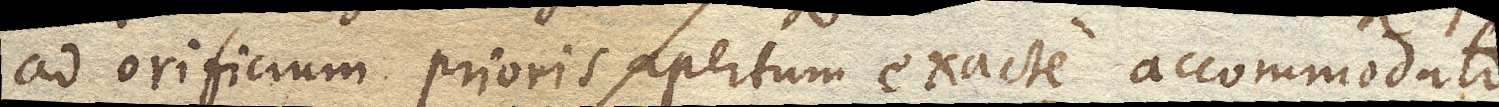
ad orificium prioris apertum exacte accommodato,